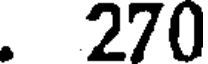
. 270